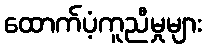
ထောက်ပံ့ကူညီမှုများ